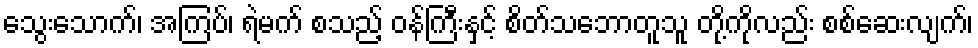
သွေးသောက်၊ အကြပ်၊ ရဲမက် စသည့် ဝန်ကြီးနှင့် စိတ်သဘောတူသူ တို့ကိုလည်း စစ်ဆေးလျက်၊